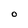
Character: O